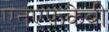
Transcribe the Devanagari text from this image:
एनएफ़केबी